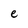
Character: e